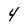
Character: 4